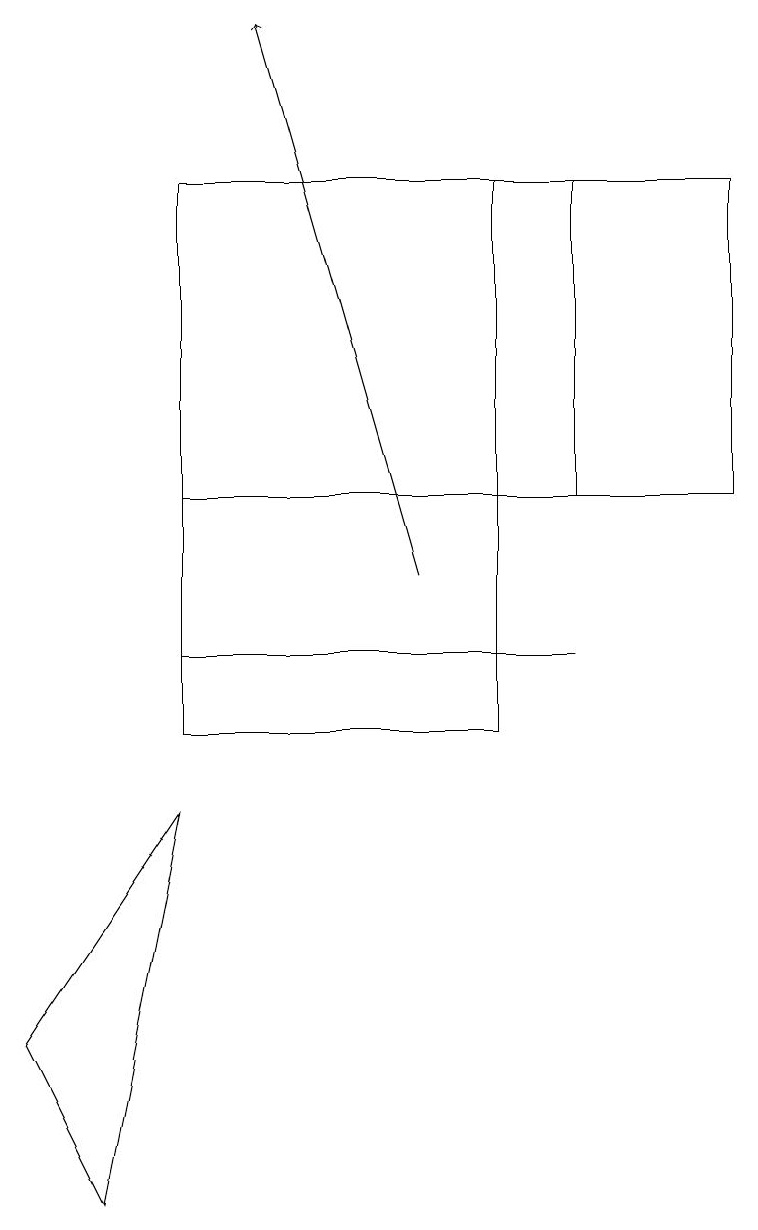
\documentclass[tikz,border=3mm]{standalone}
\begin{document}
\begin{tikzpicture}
\draw[->] (5,12) -- (3,19);
\draw (7,11) rectangle (2,11);
\draw (0,6) -- (1,4) -- (2,9) -- cycle;
\draw (2,10) rectangle (6,17);
\draw (7,13) rectangle (2,17);
\draw (6,13) rectangle (9,17);
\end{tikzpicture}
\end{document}